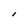
Character: l